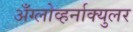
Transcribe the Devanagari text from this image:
अँग्लोव्हर्नाक्युलर